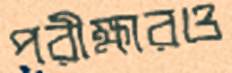
পরীক্ষারও